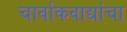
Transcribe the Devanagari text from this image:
चार्वाकवाद्यांचा